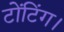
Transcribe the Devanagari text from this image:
टोंटिंग।